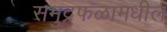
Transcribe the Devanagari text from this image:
समुद्रफळामधील